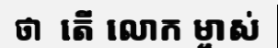
ថា  តើ លោក ម្ចាស់